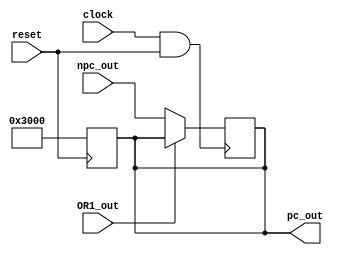
module pc #(
    parameter initial_addr = 32'h0000_3000
)(
    input              clock,
    input              reset,
    input      [31: 0] npc_out,
    input              OR1_out,
    output reg [31: 0] pc_out
);
    // initial 
    always @(posedge reset) begin
        pc_out <= initial_addr;
    end

    always @(posedge clock && reset == 1) begin
        if (!OR1_out)              // OR1_out represents stall or not
            pc_out <= npc_out;
    end

endmodule //pc